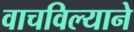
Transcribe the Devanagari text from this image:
वाचविल्याने